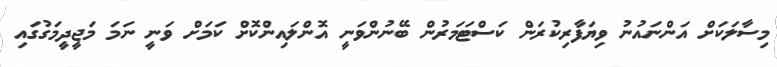
މިސާލަކަށް އަންނައުނު ވިޔަފާރިކުރަން ކަސްޓަމަރުން ބޭނުންވަނީ އޮންލައިންކޮށް ކަމަށް ވަނީ ނަމަ މަޖީދީމަގުގައި